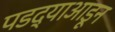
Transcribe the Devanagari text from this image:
पडद्याआडून